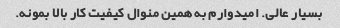
بسیار عالی. امیدوارم به همین منوال کیفیت کار بالا بمونه.